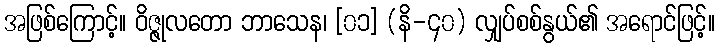
အဖြစ်ကြောင့်။ ဝိဇ္ဇုလတော ဘာသေန၊ [၀၁] (နိ-၄၀) လျှပ်စစ်နွယ်၏ အရောင်ဖြင့်။